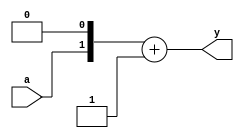
module test(input a, output [1:0] y);
assign y = {a,1'b0} + 1'b1;
endmodule